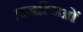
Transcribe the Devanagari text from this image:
प्रजत्यिओं